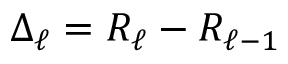
\Delta _ { \ell } = R _ { \ell } - R _ { \ell - 1 }